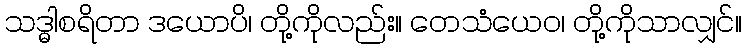
သဒ္ဓါစရိတာ ဒယောပိ၊ တို့ကိုလည်း။ တေသံယေဝ၊ တို့ကိုသာလျှင်။